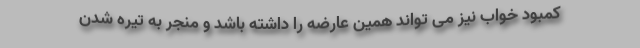
کمبود خواب نیز می تواند همین عارضه را داشته باشد و منجر به تیره شدن